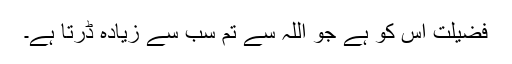
فضیلت اس کو ہے جو اللہ سے تم سب سے زیادہ ڈرتا ہے۔